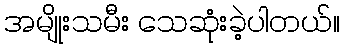
အမျိုးသမီး သေဆုံးခဲ့ပါတယ်။